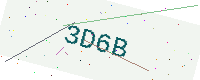
Text: 3D6B